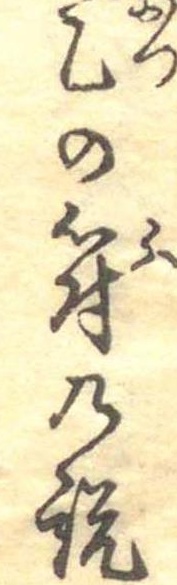
乙の符の説